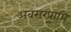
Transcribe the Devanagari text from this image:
अवसरप्राप्ति